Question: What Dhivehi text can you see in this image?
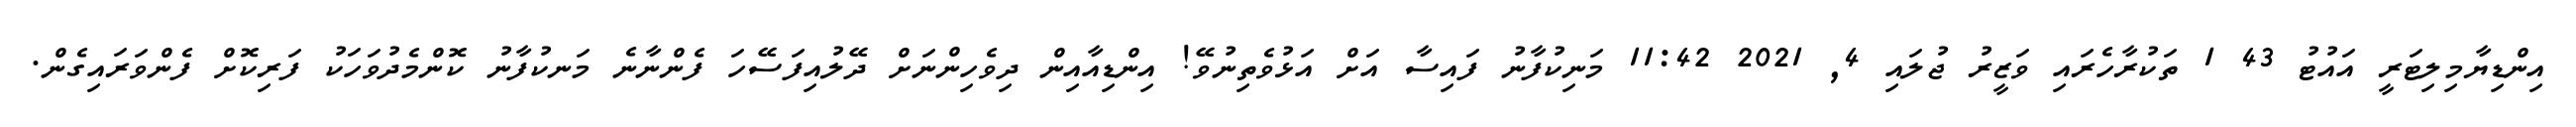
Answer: އިންޑިޔާމިލިޓަރީ އައުޓު 43 1 ތަކުރާހެރައި ވަޒީރު ޖުލައި 4, 2021 11:42 މަނިކުފާނު ފައިސާ އަށް އަޅުވެތިނުވޭ! އިންޑިއާއިން ދިވެހިންނަށް ދޭލުއިފަސޭހަ ފެންނާނެ މަނކުފާނު ކޮންމެދުވަހަކު ފަރިކޮށް ފެންވަރައިގެން.